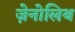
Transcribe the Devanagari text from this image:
ज़ेनोलिथ